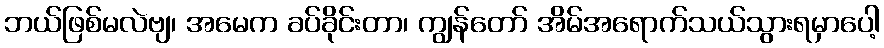
ဘယ်ဖြစ်မလဲဗျ၊ အမေက ခပ်ခိုင်းတာ၊ ကျွန်တော် အိမ်အရောက်သယ်သွားရမှာပေါ့